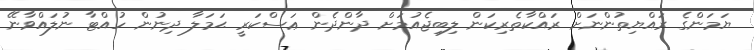
ޔަމަންގެ ރައްޔިތުންނަށް ރައްކާތެރިކަން ލިބިޖެއުމަށް ދާންދެން ޢަސްކަރީ ޙަމަލާ ދިނުން ހުއްޓާ ނުލައްވާނޭ